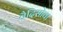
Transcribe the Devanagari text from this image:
वैदिसोवा